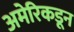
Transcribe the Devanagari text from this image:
अमेरिकडून